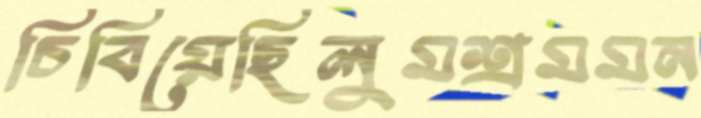
চিবিয়েছিলুমশ্রমমন